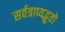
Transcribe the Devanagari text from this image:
सर्वत्राप्यद्भुतो